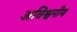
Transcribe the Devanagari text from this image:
अविश्वनीय